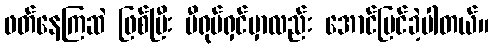
ဖတ်နေကြဆဲ ဖြစ်ပြီး မီရုပ်ရှင်မှာလည်း အောင်မြင်ခဲ့ပါတယ်။